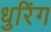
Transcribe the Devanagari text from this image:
धुरिंग